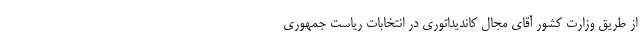
از طریق وزارت کشور آقای مجال کاندیداتوری در انتخابات ریاست جمهوری